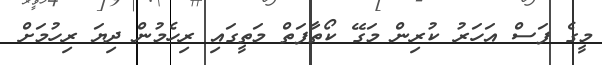
މީގެ ފަސް އަހަރު ކުރިން މަގޭ ކޯތާފަތް މަތީގައި ރިހެމުން ދިޔަ ރިހުމަށް